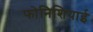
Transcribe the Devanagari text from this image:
फोनिशियाई